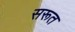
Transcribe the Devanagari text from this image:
सरूत